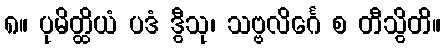
၈။ ပုမိတ္ထိယံ ပဒံ ဒွီသု၊ သဗ္ဗလိင်္ဂေ စ တီသွိတိ။